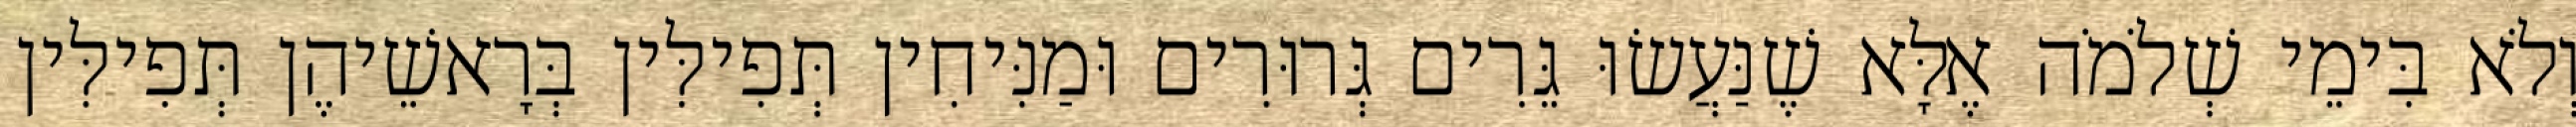
וְלֹא בִּימֵי שְׁלֹמֹה אֶלָּא שֶׁנַּעֲשׂוּ גֵּרִים גְּרוּרִים וּמַנִּיחִין תְּפִילִּין בְּרָאשֵׁיהֶן תְּפִילִּין